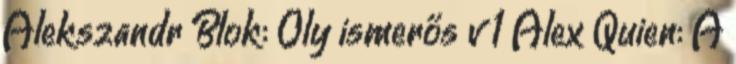
Alekszandr Blok: Oly ismerős v 1 Alex Quien: A